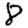
Digit: 8